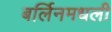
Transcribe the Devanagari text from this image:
बर्लिनमधली